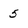
Character: 5